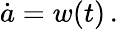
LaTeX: \dot{a}=w(t)\, .